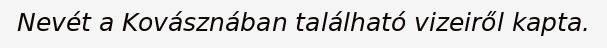
Nevét a Kovásznában található vizeiről kapta.